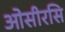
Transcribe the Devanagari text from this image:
ओसीरसि